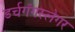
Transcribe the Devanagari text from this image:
डर्चगँगस्लेगर